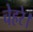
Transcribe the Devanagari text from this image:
चेहरे।